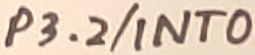
Text: P3.2/INT0